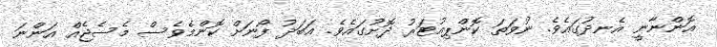
އޮންނާނީ އެނދުގައެވެ. ނުވަތަ ކޮންޕިއުޓަރު ދޮށުގައެވެ. އަބަދު ފޯނަށް ކޮންމެވެސް މެސެޖެއް އަންނަ